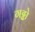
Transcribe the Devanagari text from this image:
गढ्ढो